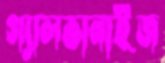
গ্যালভানাইজ